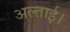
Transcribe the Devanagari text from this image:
अल्ताई।